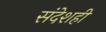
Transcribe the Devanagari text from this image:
संदेशही